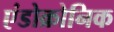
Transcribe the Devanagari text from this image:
एंडोक्रोनिक